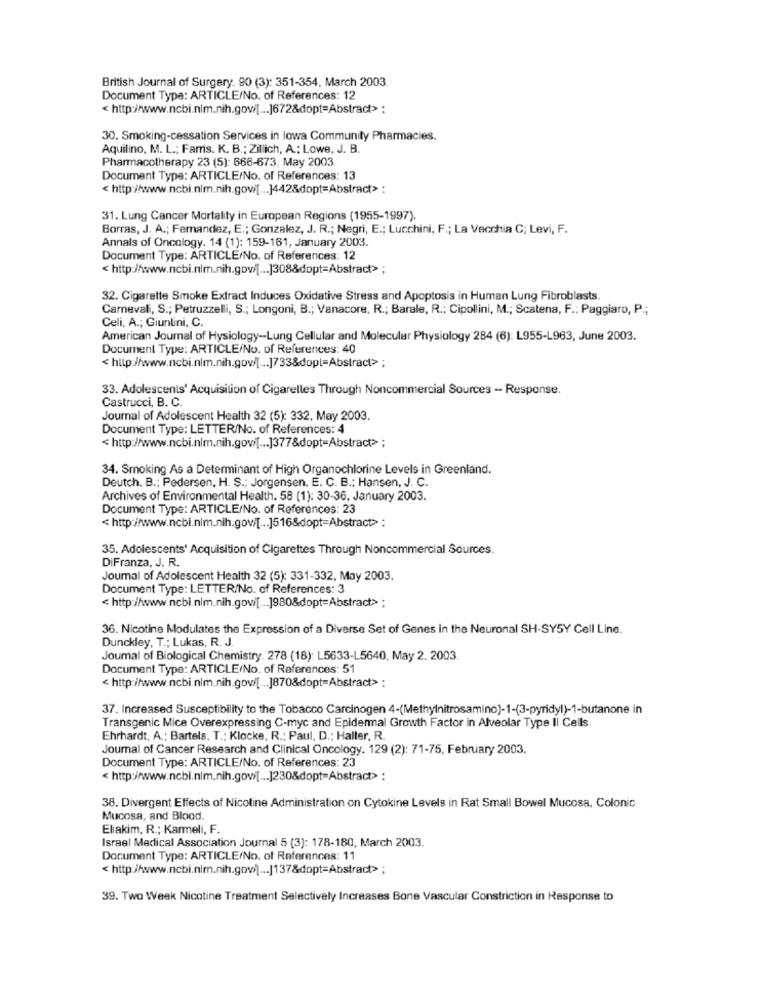
British Journal of Surgery. 90 (3): 351-354. March 2003.
Document Type: ARTICLE/No. of References: 12
< http://www.ncbi.nlm.nih.gov[ ... ]672&dopt=Abstract> :
30. Smoking-cessation Services in lowa Community Pharmacies.
Aquilino, M. L .; Farris. K. B .; Zillich, A .; Lowe, J. B.
Pharmacotherapy 23 (5): 666-673, May 2003
Document Type: ARTICLE/No. of References: 13
< http://www.ncbi.nlm.nih.gov/[ ... ]442&dopt=Abstract> :
31. Lung Cancer Mortality in European Regions (1955-1997).
Borras, J. A .; Femandez, E .; Gonzalez, J. R .; Negri, E .; Lucchini, F .; La Vecchia C; Levi, F.
Annals of Oncology. 14 (1): 159-161, January 2003.
Document Type: ARTICLE/No. of References: 12
< http://www.ncbi.nlm.nih.gov/[ ... ]308&dopt=Abstract> ;
32. Cigarette Smoke Extract Induces Oxidative Stress and Apoptosis in Human Lung Fibroblasts.
Carnevali, S .; Petruzzelli, S .; Longoni, B .; Vanacore, R .; Barale, R .: Cipollini, M .; Scatena, F .: Paggiaro, P .;
Celi, A .; Giuntini, C.
American Journal of Hysiology-Lung Cellular and Molecular Physiology 284 (6): L955-L963, June 2003.
Document Type: ARTICLE/No. of References: 40
< http://www.ncbi.nlm.nih.gov/[ ... ]733&dopl=Abstract> ;
33. Adolescents' Acquisition of Cigarelles Through Noncommercial Sources - Response.
Castrucci, B. C.
Journal of Adolescent Health 32 (5): 332, May 2003.
Document Type: LETTER/No. of References: 4
< http://www.ncbi.nlm.nih.gov/[ ... ]377&dopt-Abstract> ;
34. Smoking As a Determinant of High Organochlorine Levels in Greenland.
Deutch. B .; Pedersen, H. S .; Jorgensen. E. C. B .; Hansen, J. C.
Archives of Environmental Health. 58 (1): 30-36. January 2003.
Document Type: ARTICLE/No. of References: 23
< http://www.ncbi.nlm.nih.gov/[ ... ]516&dopt=Abstract> :
35. Adolescents' Acquisition of Cigarettes Through Noncommercial Sources.
DiFranza, J. R.
Journal of Adolescent Health 32 (5): 331-332, May 2003.
Document Type: LETTER/No. of References: 3
< http://www.ncbi.nlm.nih.gov/[ ... ]980&dopt=Abstract> ;
36. Nicotine Modulates the Expression of a Diverse Set of Genes in the Neuronal SH-SY5Y Cell Line.
Dunckley, T .; Lukas, R. J.
Joumal of Biological Chemistry. 278 (18): L5633-L5640, May 2. 2003
Document Type: ARTICLE/No. of References: 51
< http://www.ncbi.nlm.nih.gov/[ ... ]870&dopt=Abstract> :
37. Increased Susceptibility to the Tobacco Carcinogen 4-(Methylnitrosamino)-1-(3-pyridyl)-1-butanone in
Transgenic Mice Overexpressing C-myc and Epidermal Growth Factor in Alveolar Type II Cells.
Ehrhardt, A .; Bartels. T .: Klocke, R .: Paul, D .; Halter, R.
Journal of Cancer Research and Clinical Oncology. 129 (2): 71-75, February 2003.
Document Type: ARTICLE/No. of References: 23
< http://www.ncbi.nlm.nih.gowi[ ... ]230&dopt=Abstract> :
38. Divergent Effects of Nicotine Administration on Cytokine Levels in Rat Small Bowel Mucosa, Colonic
Mucosa, and Blood.
Eliakim, R .; Karmeli, F.
Israel Medical Association Journal 5 (3]: 178-180, March 2003.
Document Type: ARTICLE/No. of References: 11
< http://www.ncbi.nlm.nih.gov/] ... |137&dopt=Abstract> ;
39. Two Week Nicotine Treatment Selectively Increases Bone Vascular Constriction in Response to